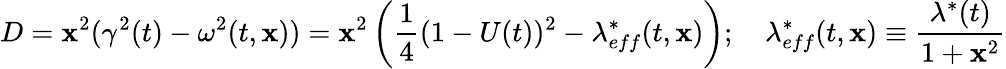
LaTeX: D=\mathbf{x}^{2}(\gamma^{2}(t)-\omega^{2}(t,\mathbf{x}))=\mathbf{x}^{2}\left({\frac{{1}}{{4}}}(1-U(t))^{2}-\lambda_{eff}^{*}(t,\mathbf{x})\right);\quad\lambda_{eff}^{*}(t,\mathbf{x})\equiv{\frac{{\lambda^{*}(t)}}{{1+\mathbf{x}^{2}}}}